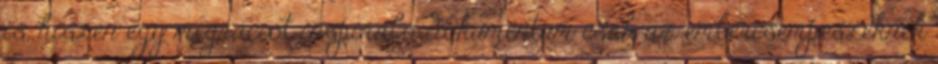
is, hiszen egy migrációt inspiráló dokumentum csak az embercsempészeknek